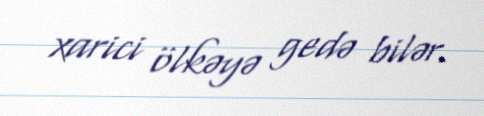
xarici ölkəyə gedə bilər.